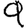
Digit: 9